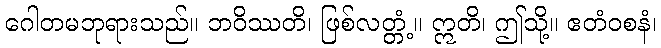
ဂေါတမဘုရားသည်။ ဘဝိဿတိ၊ ဖြစ်လတ္တံ့။ ဣတိ၊ ဤသို့။ ဧတံဝစနံ၊